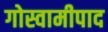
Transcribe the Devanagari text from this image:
गोस्वामीपाद